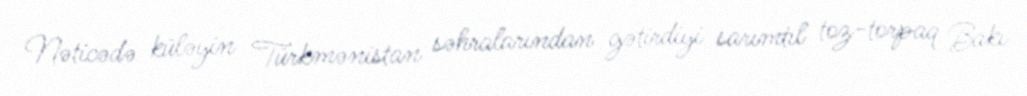
Nəticədə küləyin Türkmənistan səhralarından gətirdiyi sarımtıl toz-torpaq Bakı